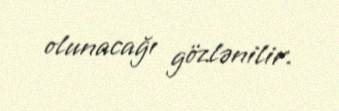
olunacağı gözlənilir.